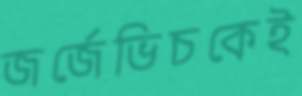
জর্জেভিচকেই